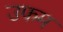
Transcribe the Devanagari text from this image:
उफम